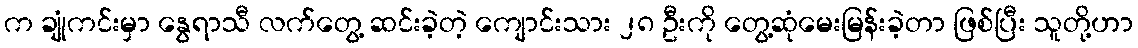
က ချုံကင်းမှာ နွေရာသီ လက်တွေ့ ဆင်းခဲ့တဲ့ ကျောင်းသား ၂၈ ဦးကို တွေ့ဆုံမေးမြန်းခဲ့တာ ဖြစ်ပြီး သူတို့ဟာ